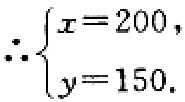
\(\therefore\begin{cases}
x = 200,\\
y = 150.
\end{cases}\)